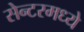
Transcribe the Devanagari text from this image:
सेन्टरमध्ये